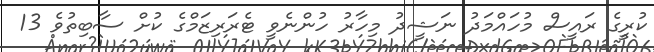
ކުރީގެ ރައީސް މުހައްމަދު ނަޝީދު މިހާރު ހުންނެވީ ޓެރަރިޒަމްގެ ކުށް ސާބިތުވެ 13